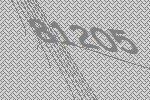
81205